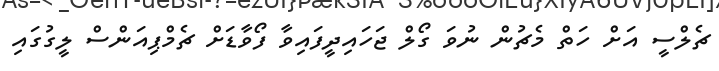
ޗެލްސީ އަށް ހަތް މެޗުން ނުވަ ގޯލް ޖަހައިދީފައިވާ ފޯވާޑަށް ޗެމްޕިއަންސް ލީގުގައި